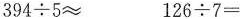
$$394\div 5\approx$$ $$126\div 7=$$